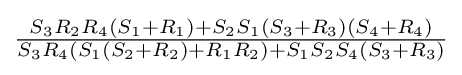
{\tfrac {S_{3}R_{2}R_{4}(S_{1}+R_{1})+S_{2}S_{1}(S_{3}+R_{3})(S_{4}+R_{4})}{S_{3}R_{4}(S_{1}(S_{2}+R_{2})+R_{1}R_{2})+S_{1}S_{2}S_{4}(S_{3}+R_{3})}}